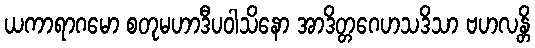
ယကာရာဂမော စတုမဟာဒီပဝါသိနော အာဒိတ္တဂေဟသဒိသာ ဗဟလန္တိ